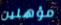
مؤهلين